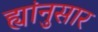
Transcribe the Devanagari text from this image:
ह्यांनुसार